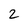
Character: 2